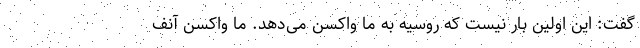
گفت: این اولین بار نیست که روسیه به ما واکسن می‌دهد. ما واکسن آنف